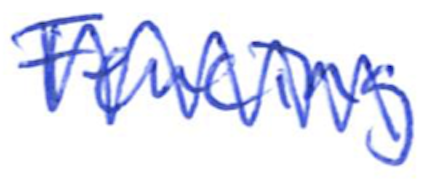
Text: Fencing
Cross-out: zig-zag
Writing tool: ballpoint